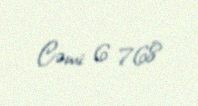
Cəmi: 6 768